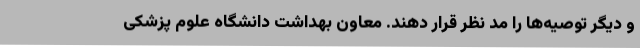
و دیگر توصیه‌ها را مد نظر قرار دهند. معاون بهداشت دانشگاه علوم پزشکی